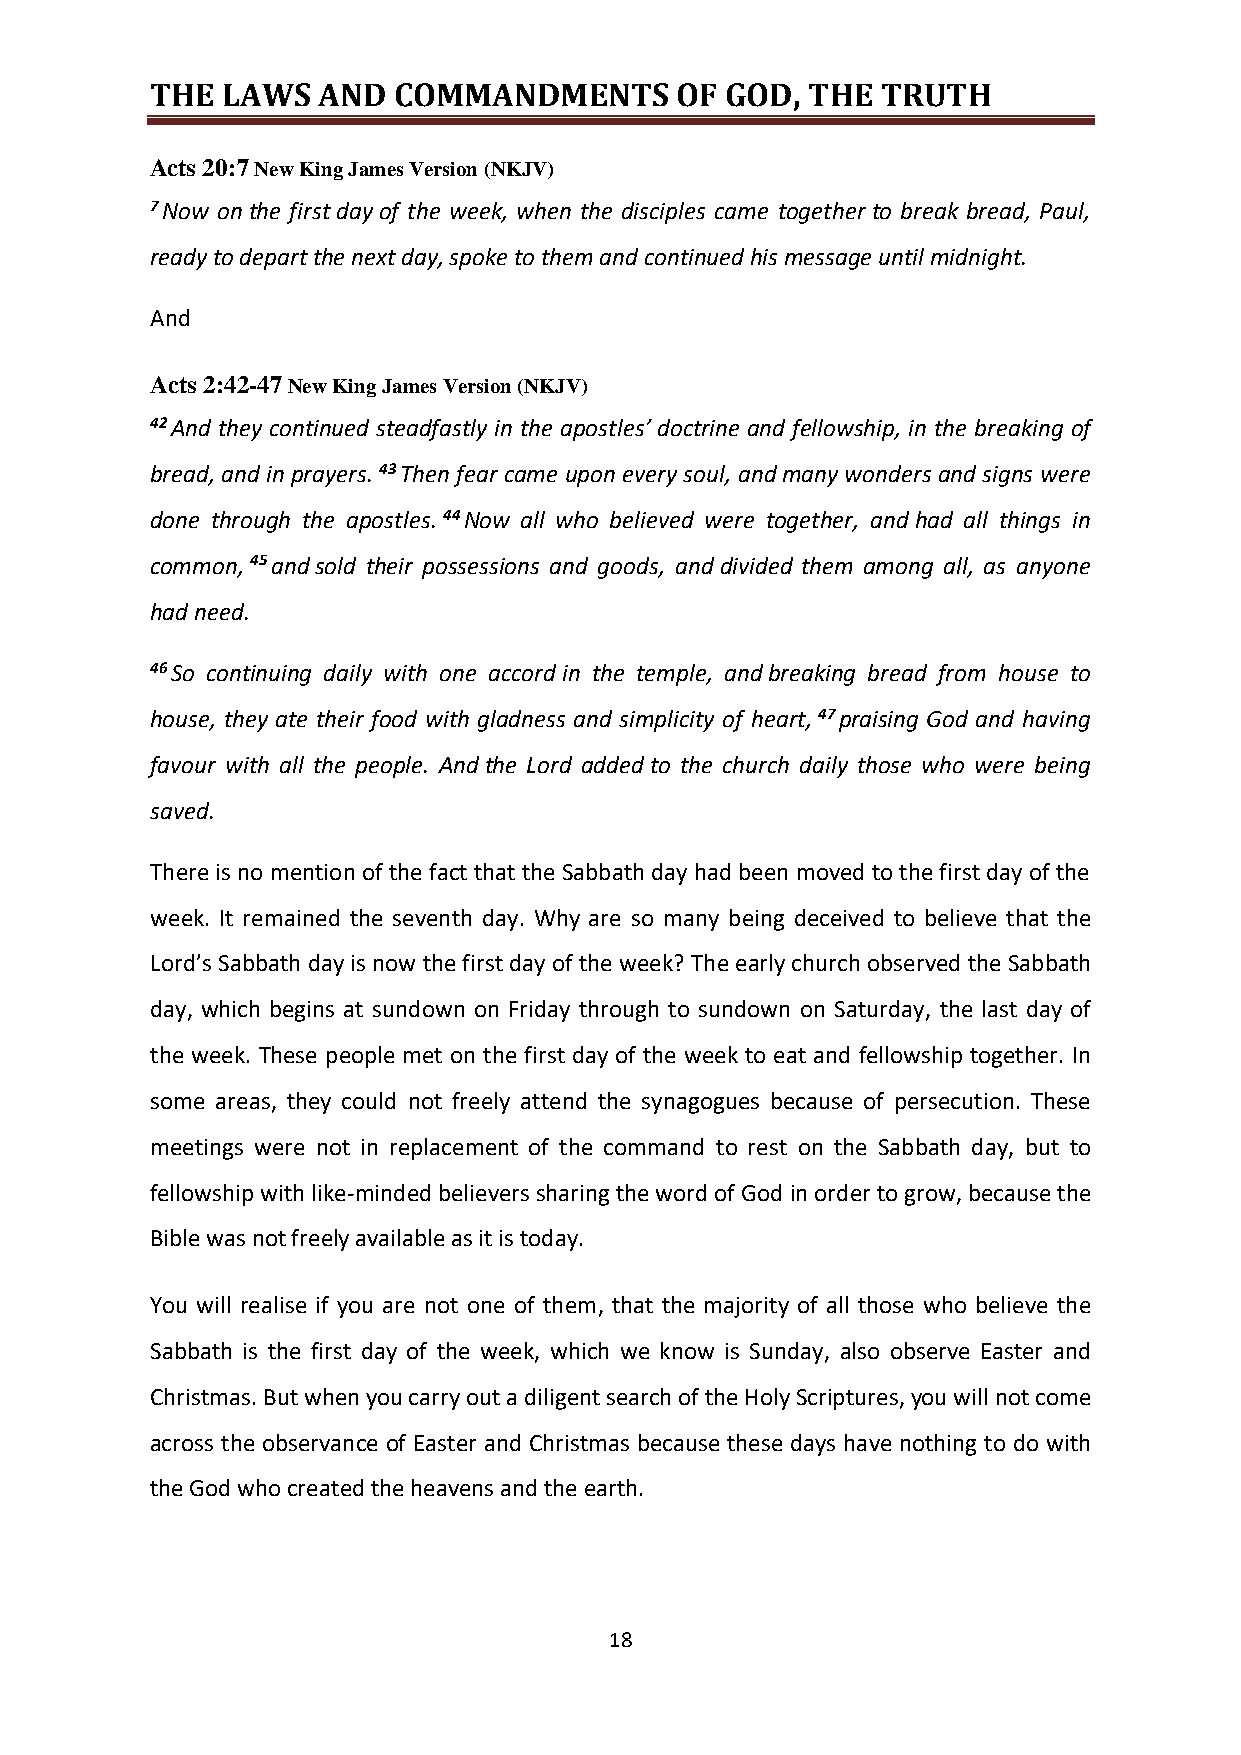
THE  LAWS  AND  COMMANDMENTS       OF GOD, THE  TRUTH
 Acts 20:7 New King James Version (NKJV)
 7 Now on the first day of the week, when the disciples came together to break bread, Paul,
 ready to depart the next day, spoke to them and continued his message until midnight.
 And
 Acts 2:42-47 New King James Version (NKJV)
 42 And they continued steadfastly in the apostles’ doctrine and fellowship, in the breaking of
 bread, and in prayers. 43 Then fear came upon every soul, and many wonders and signs were
 done through the apostles. 44 Now all who believed were together, and had all things in
 common, 45 and sold their possessions and goods, and divided them among all, as anyone
 had need.
 46 So continuing daily with one accord in the temple, and breaking bread from house to
 house, they ate their food with gladness and simplicity of heart, 47 praising God and having
 favour with all the people. And the Lord added to the church daily those who were being
 saved.
 There is no mention of the fact that the Sabbath day had been moved to the first day of the
 week. It remained the seventh day. Why are so many being deceived to believe that the
 Lord’s Sabbath day is now the first day of the week? The early church observed the Sabbath
 day, which begins at sundown on Friday through to sundown on Saturday, the last day of
 the week. These people met on the first day of the week to eat and fellowship together. In
 some areas, they could not freely attend the synagogues because of persecution. These
 meetings were not in replacement of the command to rest on the Sabbath day, but to
 fellowship with like-minded believers sharing the word of God in order to grow, because the
 Bible was not freely available as it is today.
 You will realise if you are not one of them, that the majority of all those who believe the
 Sabbath is the first day of the week, which we know is Sunday, also observe Easter and
 Christmas. But when you carry out a diligent search of the Holy Scriptures, you will not come
 across the observance of Easter and Christmas because these days have nothing to do with
 the God who created the heavens and the earth.
 18